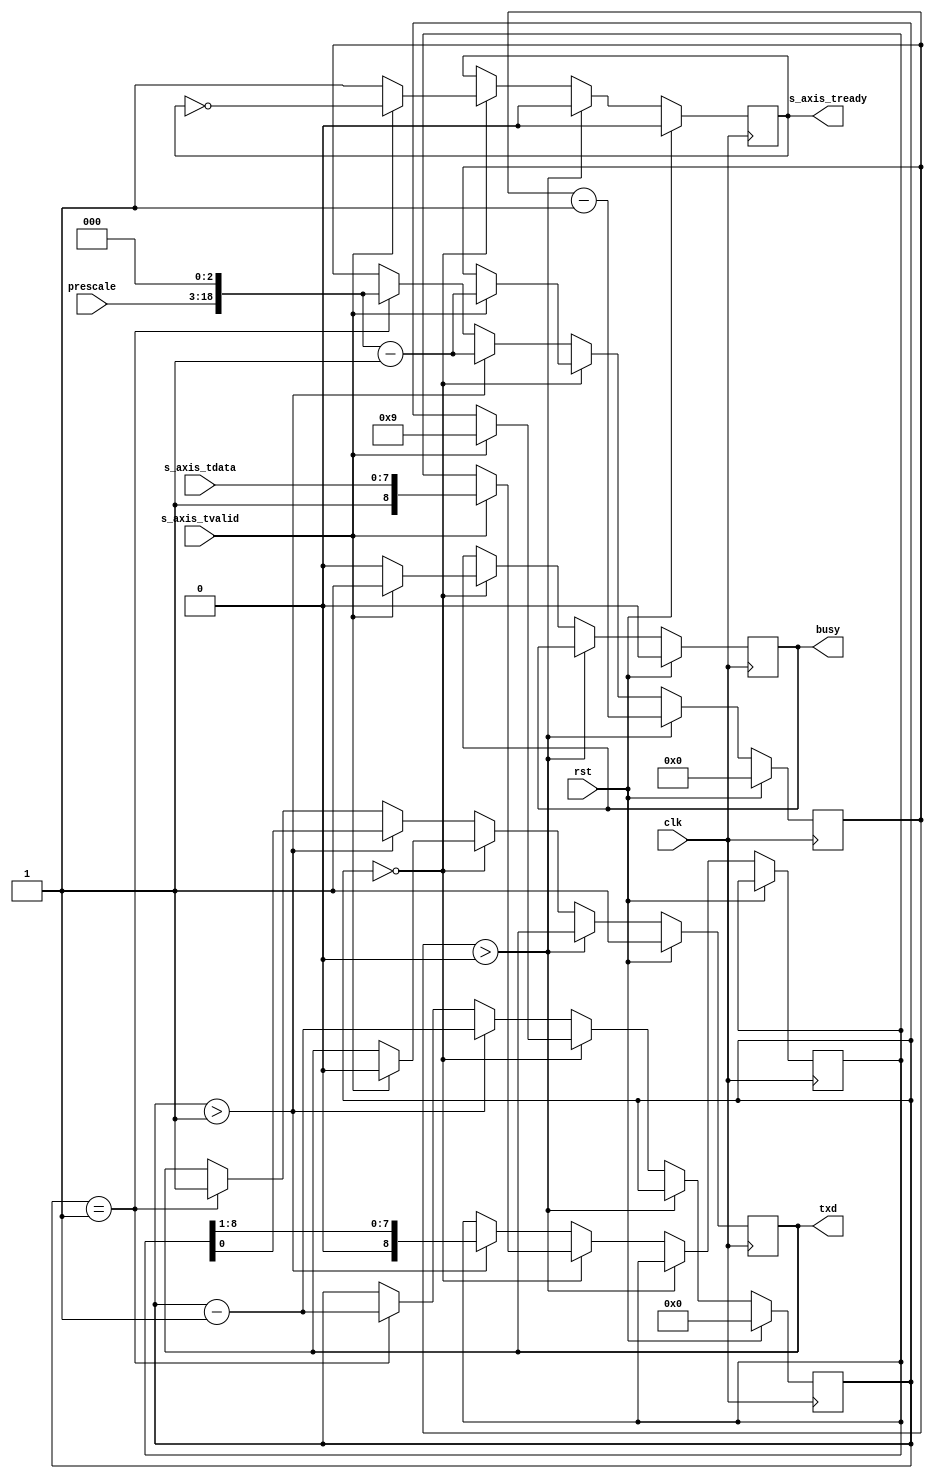
module uart_tx(
    input  wire                   clk,
    input  wire                   rst,

    /*
     * AXI input
     */
    input  wire [8-1:0]  s_axis_tdata,
    input  wire                   s_axis_tvalid,
    output wire                   s_axis_tready,

    /*
     * UART interface
     */
    output wire                   txd,

    /*
     * Status
     */
    output wire                   busy,

    /*
     * Configuration
     */
    input  wire [15:0]            prescale
);

reg s_axis_tready_reg = 0;

reg txd_reg = 1;

reg busy_reg = 0;

reg [8:0] data_reg = 0;
reg [18:0] prescale_reg = 0;
reg [3:0] bit_cnt = 0;

assign s_axis_tready = s_axis_tready_reg;
assign txd = txd_reg;

assign busy = busy_reg;

always @(posedge clk) begin
    if (rst) begin
        s_axis_tready_reg <= 0;
        txd_reg <= 1;
        prescale_reg <= 0;
        bit_cnt <= 0;
        busy_reg <= 0;
    end else begin
        if (prescale_reg > 0) begin
            s_axis_tready_reg <= 0;
            prescale_reg <= prescale_reg - 1;
        end else if (bit_cnt == 0) begin
            s_axis_tready_reg <= 1;
            busy_reg <= 0;

            if (s_axis_tvalid) begin
                s_axis_tready_reg <= !s_axis_tready_reg;
                prescale_reg <= (prescale << 3)-1;
                bit_cnt <= 8+1;
                data_reg <= {1'b1, s_axis_tdata};
                txd_reg <= 0;
                busy_reg <= 1;
            end
        end else begin
            if (bit_cnt > 1) begin
                bit_cnt <= bit_cnt - 1;
                prescale_reg <= (prescale << 3)-1;
                {data_reg, txd_reg} <= {1'b0, data_reg};
            end else if (bit_cnt == 1) begin
                bit_cnt <= bit_cnt - 1;
                prescale_reg <= (prescale << 3);
                txd_reg <= 1;
            end
        end
    end
end

endmodule